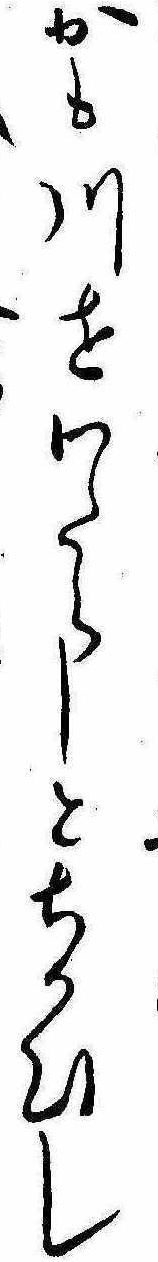
かも川をわたらしとちかひし